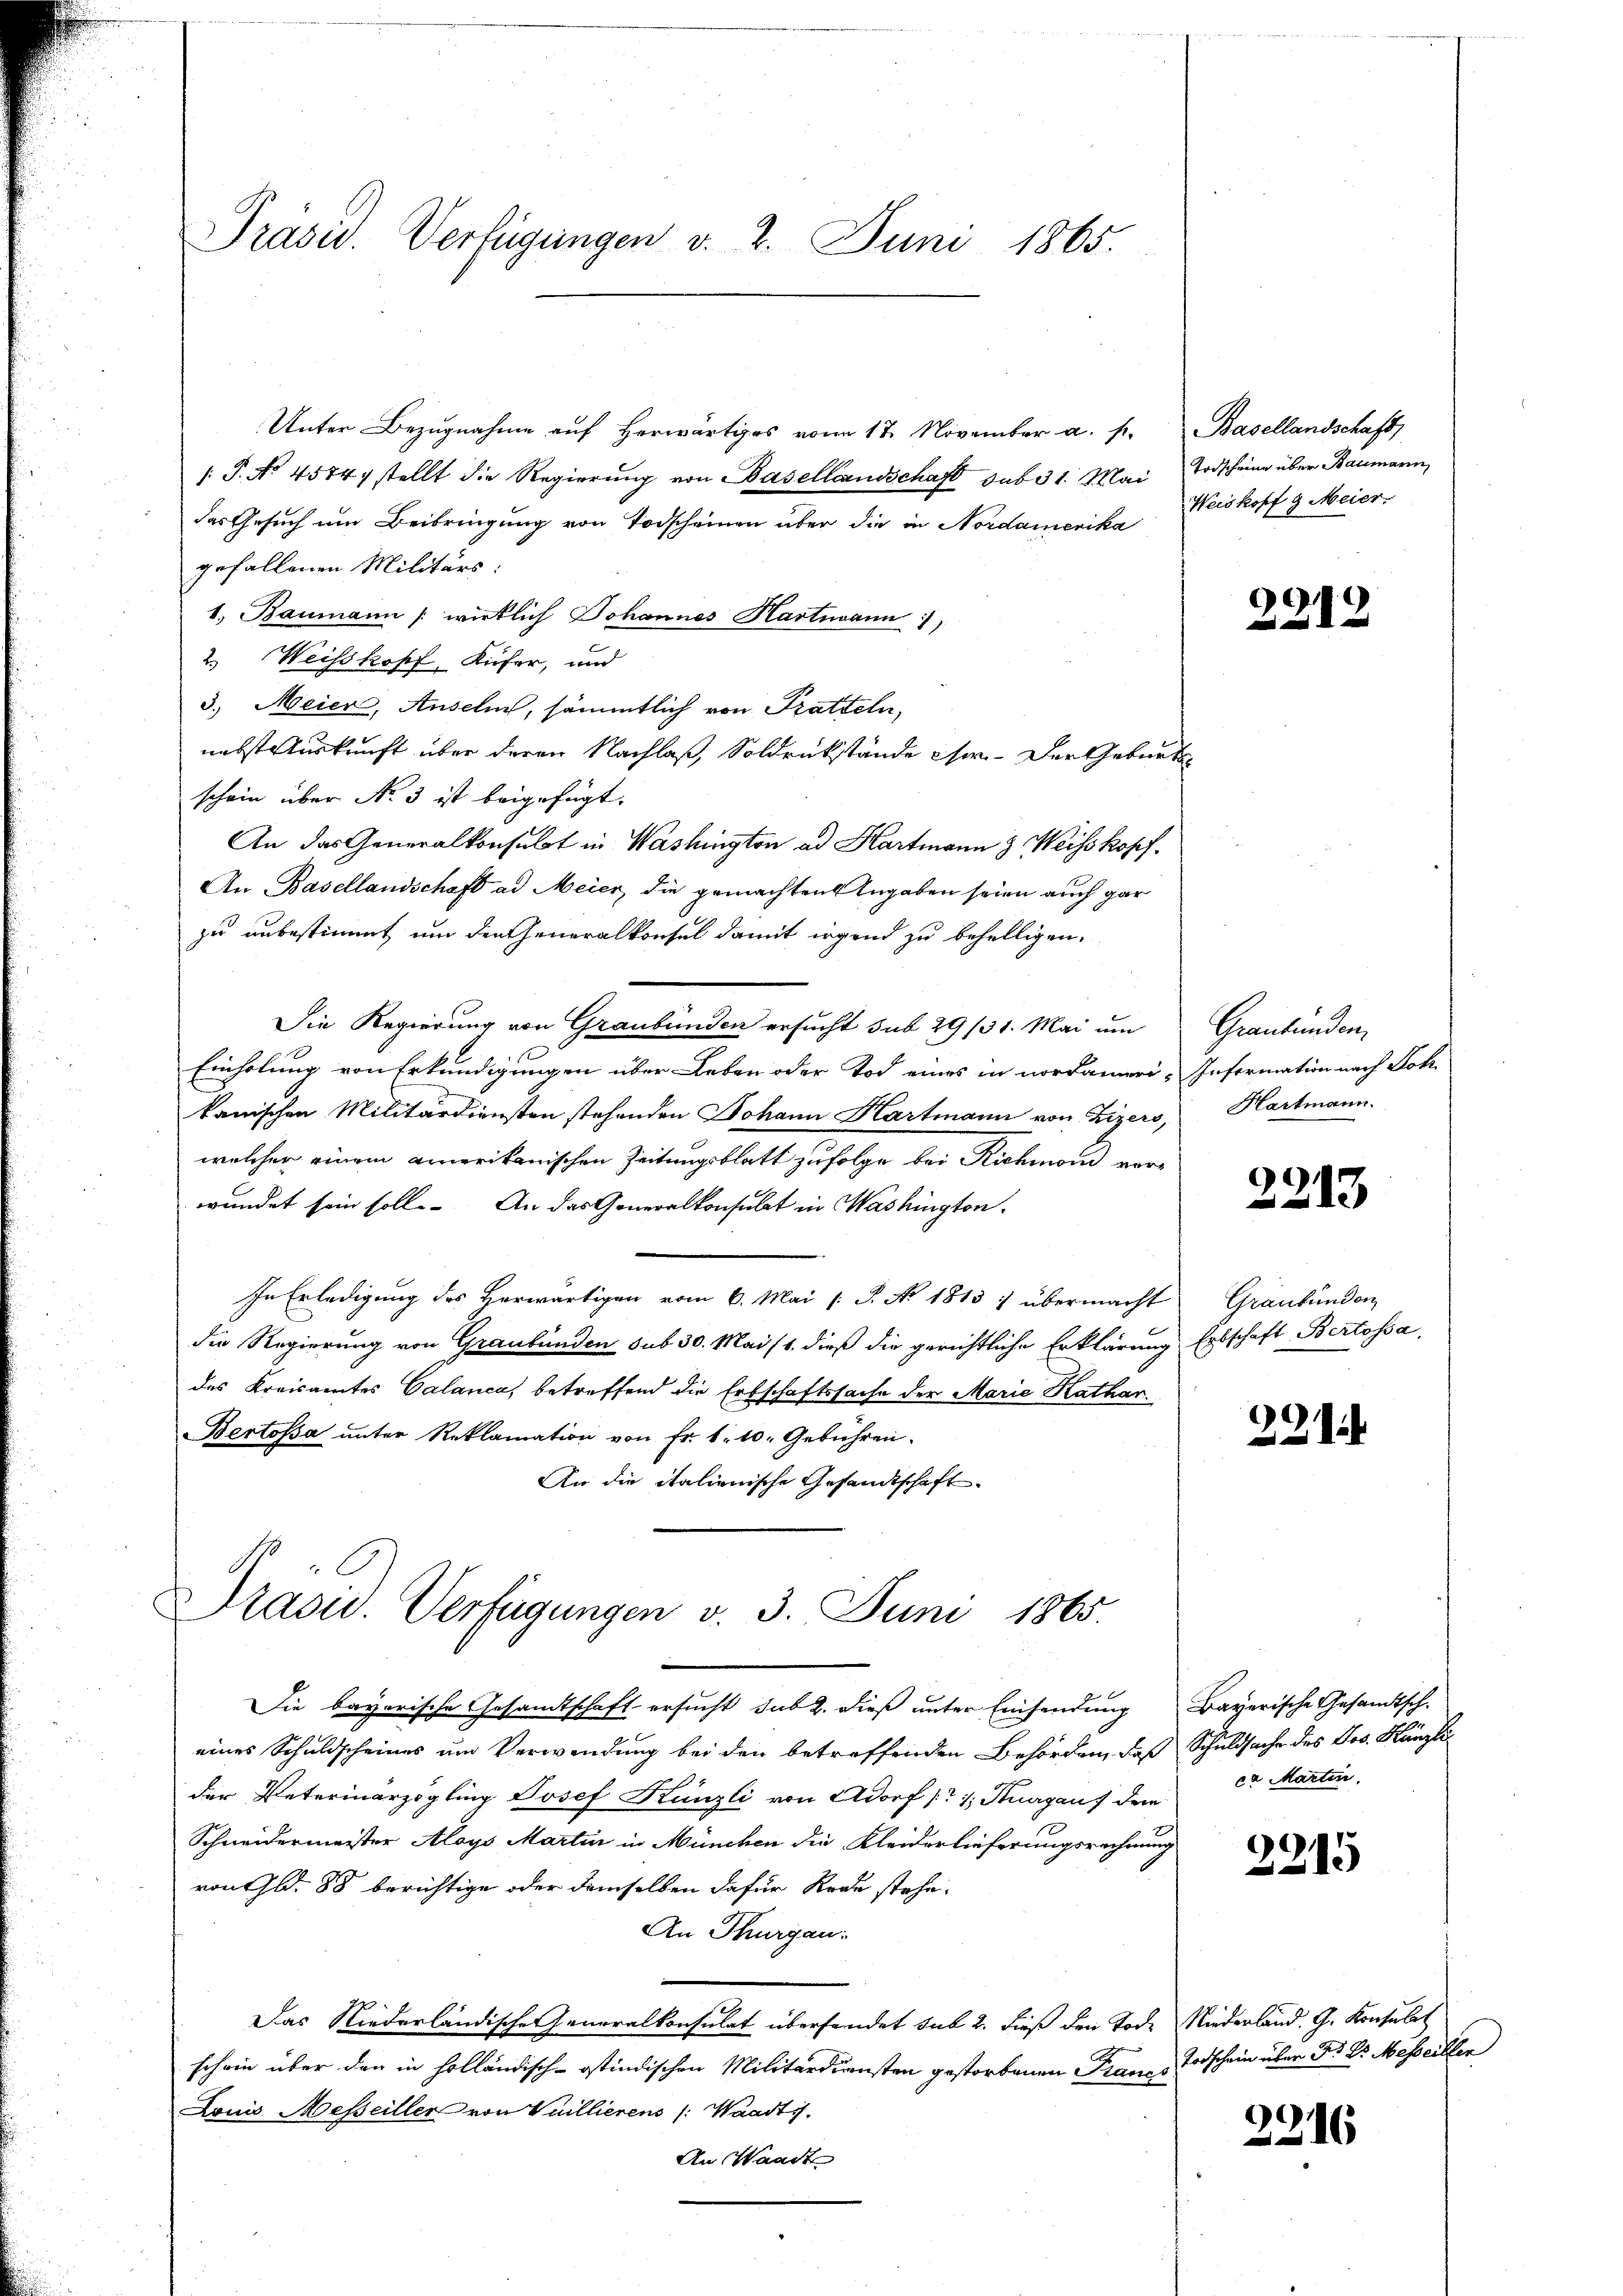
Präsid. Verfügungen v. 2. Juni 1865.

Unter Bezugnahme auf Herwärtiges vom 17. November a. s.
/ P. No 4574 stellt die Regierung von Basellandschaft sub 31. Mai
das Gesuch um Beibringung von Todscheinen über die in Nordamerika
gefallenen Militärs:
1. Baumann wirklich Johannes Hartmann
2.) Weisskopf, Küfer, und
3.) Meier, Anseln, sämmtlich von Pratteln,
nebst Auskunft über deren Nachlaß, Soldrückstände cer. Der Geburt
schein über No 3 ist beigefügt.
An das Generalkonsulat in Washington ad Hartmann & Weisskopf.
An Basellandschaft ad Meier, die gemachten Angaben seien auch gar
zu unbestimmt, um den Generalkonsul damit irgend zu behelligen.
Die Regierung von Graubünden ersucht sub 29/31. Mai um
Einholung von Erkundigungen über Leben oder Tod eines in nordameri- Information nach Sok
kanischen Militärdiensten stehenden Johann Hartmann von Zizers,
welchen einem amerikanischen Zeitungsblatt zufolge bei Richmond verwundet sein soll. An das Generalkonsulat in Washington.
In Erledigung des Herwärtigen vom 6. Mai 1 S. No. 1813 ) übermacht
die Regierung von Graubünden sub 30. Mai 11. dieß die gerichtliche Erklärung
des Kreisamtes Calanca, betreffend die Erbschaftssache der Marie Kathar
Bertossa ŭnter Reklamation von Fr. 1. 10. Gebühren.
An die italienische Gesandtschaft
Prasis. Verfügungen v. 3. Juni 1865.
Die bayerische Gesandtschaft ersucht sub 2. dieß unter Einsendung
eines Schuldscheines um Verwendung bei den betreffenden Behörden, daß Schuldsache des Jos. Kanzlider Veterinärzogling Josef Künzli von Adorf (1. Stuargaus der
Schneidermeister Aloys Martin in München die Kleiderlieferungsrechnung
von Gld. 88 berichtige oder demselben dafür Rede stehe.
An Thurgau:
Das Niederländische Generalkonsulat übersendet sub 2. dieß den Tode
schein über den in holländisch-ostindischen Militärdiensten gestorbenen Prancs
Louis Messeiller von Vuillierens (: Waadts.
An Waadt

Basellandschaft
Todscheine über Staumann,
Weiskopf 9 Meier.

2212

Graubünden,
Hartmann.

2213

Graubünden
Erbschaft Bertossa

221.

Bayerische Gesandtschea Marten.

2215

Niederland. G. Konsulat
Todschein über Dr. Dr Messeiller

2216